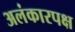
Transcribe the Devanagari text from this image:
अलंकारपक्ष